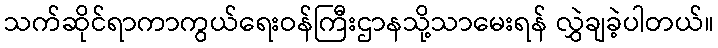
သက်ဆိုင်ရာကာကွယ်ရေးဝန်ကြီးဌာနသို့သာမေးရန် လွှဲချခဲ့ပါတယ်။